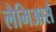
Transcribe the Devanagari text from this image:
लैमिआसै